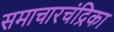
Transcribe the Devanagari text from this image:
समाचारचंद्रिका